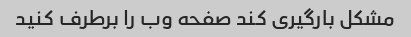
مشکل بارگیری کند صفحه وب را برطرف کنید